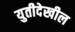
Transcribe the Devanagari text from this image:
युतीदेखील